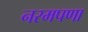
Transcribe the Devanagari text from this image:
नरमपणा